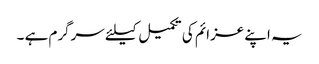
یہ اپنے عزائم کی تکمیل کیلئے سرگرم ہے ۔